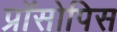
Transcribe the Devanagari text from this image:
प्रॉसोपिस